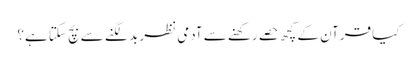
کیا قرآن کے کچھ حصے رکھنے سے آدمی نظر بد لگنے سے بچ سکتا ہے؟